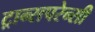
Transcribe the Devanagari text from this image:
ट्रान्सपरेन्सी